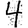
Digit: 4